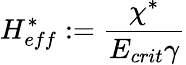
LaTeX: H_{eff}^{*}:=\frac{\chi^{*}}{E_{crit}\gamma}